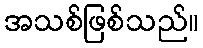
အသစ်ဖြစ်သည်။